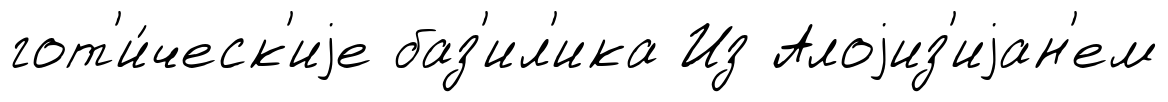
гот'и́ческ'иjе баз'ил'ика Из Алоjиз'иjан'ем